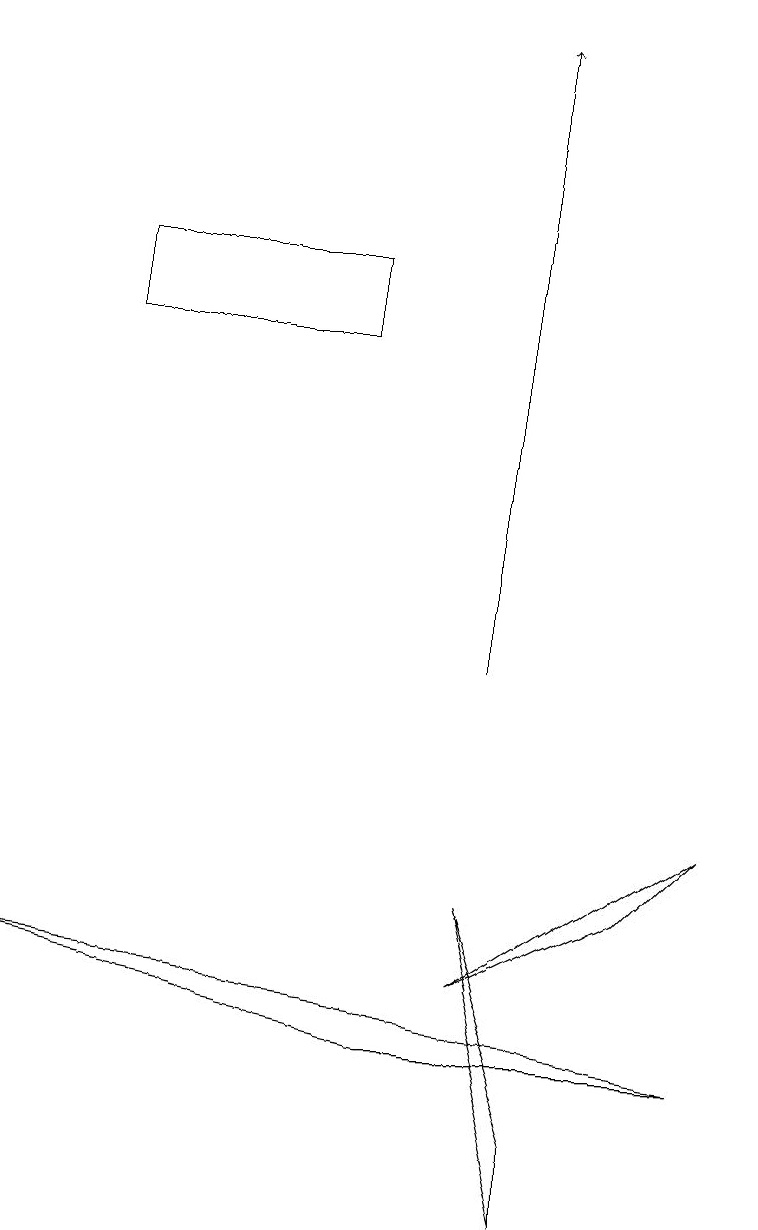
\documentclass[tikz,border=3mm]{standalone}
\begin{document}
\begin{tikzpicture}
\draw (9,8) -- (6,6) -- (8,7) -- cycle;
\draw[->] (6,10) -- (6,18);
\draw (7,3) -- (6,7) -- (7,4) -- cycle;
\draw (0,6) -- (9,5) -- (5,5) -- cycle;
\draw (4,15) rectangle (1,14);
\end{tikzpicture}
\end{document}